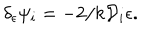
\delta _ { \epsilon } \psi _ { i } = - 2 / k { \cal D } _ { i } \epsilon .